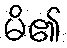
မိ၏